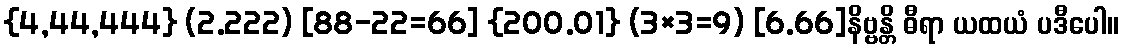
{4,44,444} (2.222) [88-22=66] {200.01} (3×3=9) [6.66]နိဗ္ဗန္တိ ဓီရာ ယထယံ ပဒီပေါ။